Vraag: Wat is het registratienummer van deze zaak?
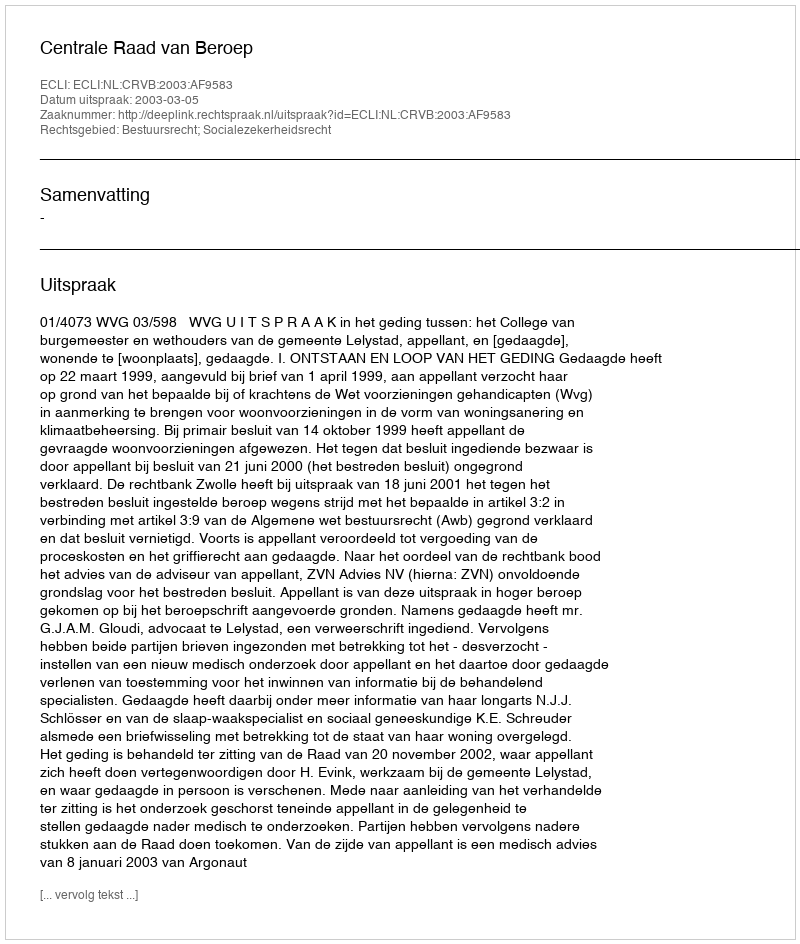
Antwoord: http://deeplink.rechtspraak.nl/uitspraak?id=ECLI:NL:CRVB:2003:AF9583